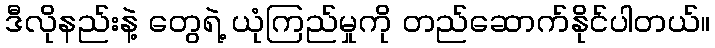
ဒီလိုနည်းနဲ့ တွေရဲ့ ယုံကြည်မှုကို တည်ဆောက်နိုင်ပါတယ်။